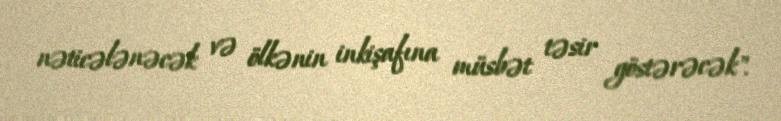
nəticələnəcək və ölkənin inkişafına müsbət təsir göstərəcək".